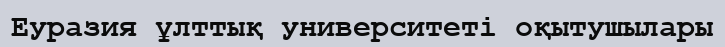
Еуразия ұлттық университеті оқытушылары